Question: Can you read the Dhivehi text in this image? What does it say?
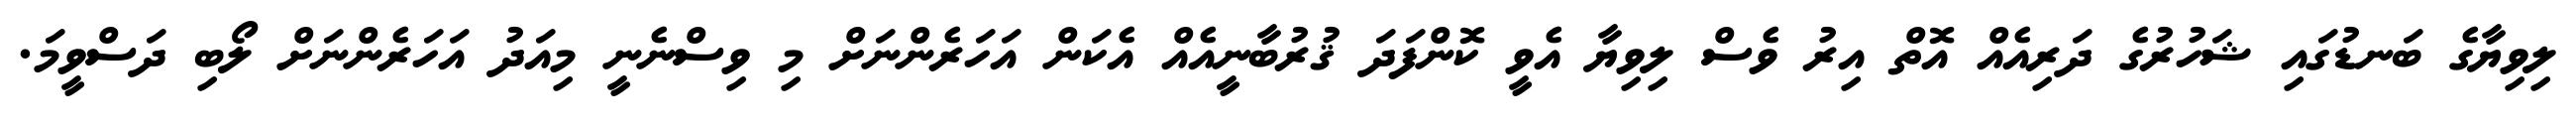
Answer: ލިވިޔާގެ ބަނޑުގައި ޝަހުރުގެ ދަރިއެއް އޮތް އިރު ވެސް ލިވިޔާ އެވީ ކޮންފަދަ ޤުރުބާނީއެއް އެކަން އަހަރެންނަށް މި ވިސްނެނީ މިއަދު އަހަރެންނަށް ލޯބި ދަސްވީމަ.